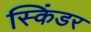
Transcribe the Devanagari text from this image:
स्किंडर